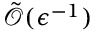
\tilde { \mathcal O } ( \epsilon ^ { - 1 } )